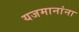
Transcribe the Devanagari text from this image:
यजमानांना